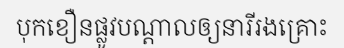
បុកខឿនផ្លូវបណ្តាលឲ្យនារីរងគ្រោះ